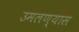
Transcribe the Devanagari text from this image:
उमलण्यास